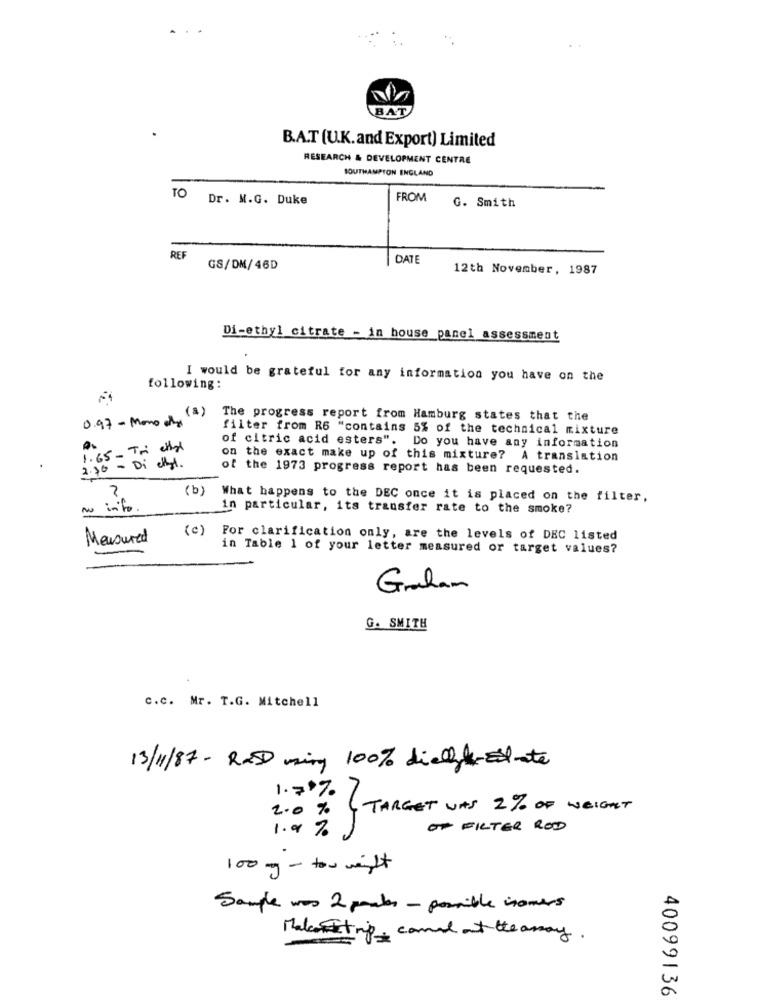
BAT
B.A.T (U.K.and Export) Limited
RESEARCH & DEVELOPMENT CENTRE
SOUTHAMPTON ENGLAND
TO Dr. M.G. Duke
FROM
G. Smith
REF
DATE
GS/DM/46D
12th November, 1987
Di-ethyl citrate - in house panel assessment
I would be grateful for any information you have on the
following:
(1)
0.97 - Mono das
The progress report from Hamburg states that the
filter from R6 "contains 5% of the technical mixture
of citric acid esters".
1.65 - Tri cho
Do you have any information
on the exact make up of this mixture? A translation
2.30 - Di ethyl.
of the 1973 progress report has been requested.
(b)
What happens to the DEC once it is placed on the filter,
nu info.
in particular, its transfer rate to the smoke?
(c)
Measured
For clarification only, are the levels of DEC listed
in Table 1 of your letter measured or target values?
Graham
G. SMITH
c.c. Mr. T.G. Mitchell
13/1/87 - RXSD ming 100% dietlyk-Elmate
1.7%
2.0 %
TARGET WAS 2% OF WEIGHT
1.9 %
OF FILTER ROD
100 mg - for weight
Sample was 2 peaks - possible isomers
Malconstrip camel at the assay.
40099136